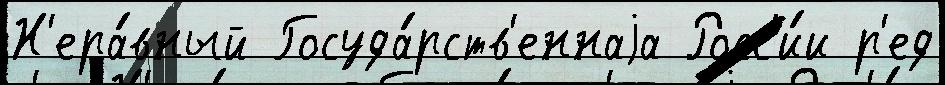
Н'ера́вный Госуда́рств'еннаjа Росс'и́и р'ед